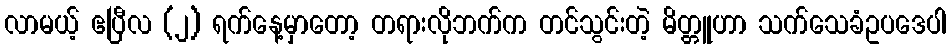
လာမယ့် ဧပြီလ (၂) ရက်နေ့မှာတော့ တရားလိုဘက်က တင်သွင်းတဲ့ မိတ္တူဟာ သက်သေခံဥပဒေပါ